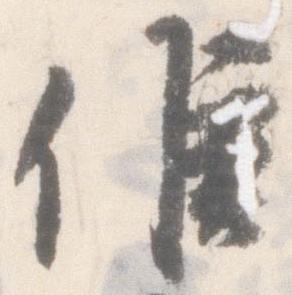
候